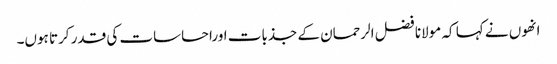
انھوں نے کہا کہ مولانا فضل الرحمان کے جذبات اوراحساسات کی قدر کرتا ہوں۔